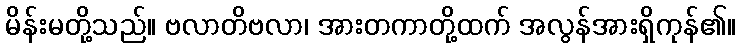
မိန်းမတို့သည်။ ဗလာတိဗလာ၊ အားတကာတို့ထက် အလွန်အားရှိကုန်၏။